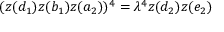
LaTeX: ( z ( d _ { 1 } ) z ( b _ { 1 } ) z ( a _ { 2 } ) ) ^ { 4 } = \lambda ^ { 4 } z ( d _ { 2 } ) z ( e _ { 2 } )